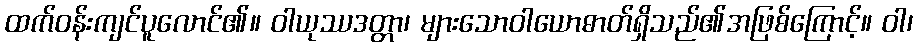
ထက်ဝန်းကျင်ပူလောင်၏။ ဝါယုဿဒတ္တာ၊ များသောဝါယောဓာတ်ရှိသည်၏အဖြစ်ကြောင့်။ ဝါ၊